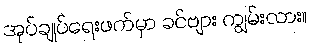
အုပ်ချုပ်ရေးဖက်မှာ ခင်ဗျား ကျွမ်းလား။